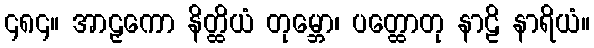
၄၈၄။ အာဠှကော နိတ္ထိယံ တုမ္ဘော၊ ပတ္ထောတု နာဠိ နာရိယံ။